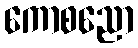
ကောစညော